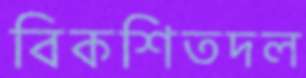
বিকশিতদল